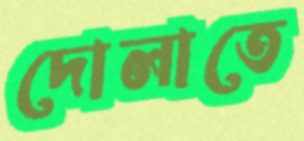
দোলাতে